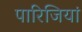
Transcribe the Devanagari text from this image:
पारिजियां